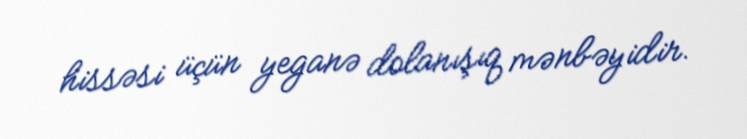
hissəsi üçün yeganə dolanışıq mənbəyidir.